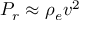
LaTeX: P _ { r } \approx \rho _ { e } v ^ { 2 }